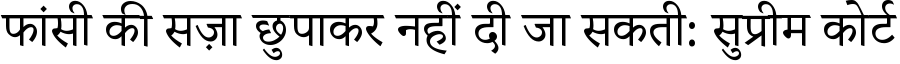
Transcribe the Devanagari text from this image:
फांसी की सज़ा छुपाकर नहीं दी जा सकती: सुप्रीम कोर्ट